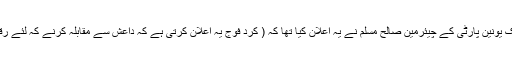
اس وقت شام میں امریکا کے اہم اتحادی کرد ہیں، شام میں کردی ڈیموکریٹک یونین پارٹی کے چیئرمین صالح مسلم نے یہ اعلان کیا تھا کہ ( کرد فوج یہ اعلان کرتی ہے کہ داعش سے مقابلہ کرنے کہ لئے رقہ کے شہری ہمارا ساتھ دیں تاکہ ساتھ مل کر ان سے مقابلہ کیا جا سکے) ۔